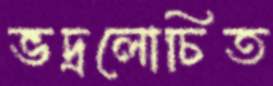
ভদ্রলোচিত